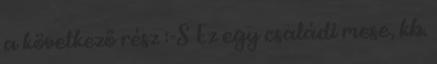
a következő rész :-S Ez egy családi mese, kb.